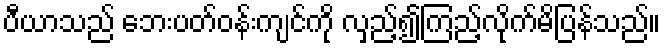
ပီယာသည် ဘေးပတ်ဝန်းကျင်ကို လှည့်၍ကြည့်လိုက်မိပြန်သည်။